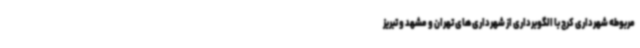
مربوطه شهرداری کرج با الگوبرداری از شهرداری‌های تهران و مشهد و تبریز